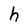
Character: h